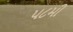
૫૮મી